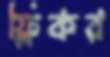
ফ্লিকর